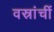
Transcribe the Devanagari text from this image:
वस्रांचीं